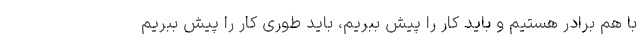
با هم برادر هستیم و باید کار را پیش ببریم، باید طوری کار را پیش ببریم